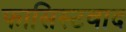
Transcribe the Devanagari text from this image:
फासिस्टवाद